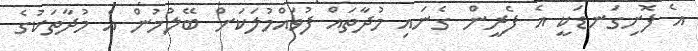
އެ ފޮށިގަނޑަކީ އެ ފެރީން ގެނައި މުދާތައް ފުވައްމުލަކަށް ބޭލުމުން އެ މުދާތަކުގެ